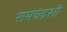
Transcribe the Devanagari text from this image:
रामचंद्रशी